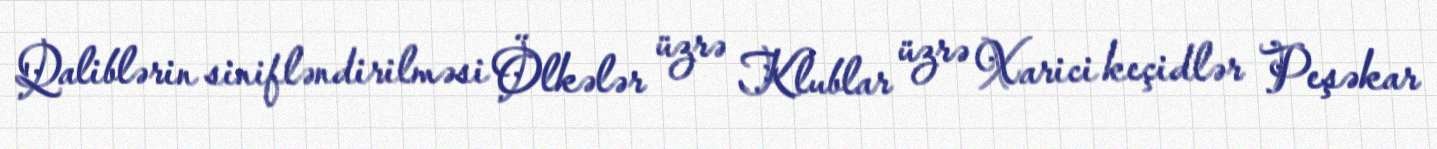
Qaliblərin sinifləndirilməsi Ölkələr üzrə Klublar üzrə Xarici keçidlər Peşəkar